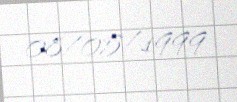
08/05/1999